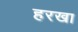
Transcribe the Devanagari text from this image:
हरखा